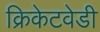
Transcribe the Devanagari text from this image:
क्रिकेटवेडी